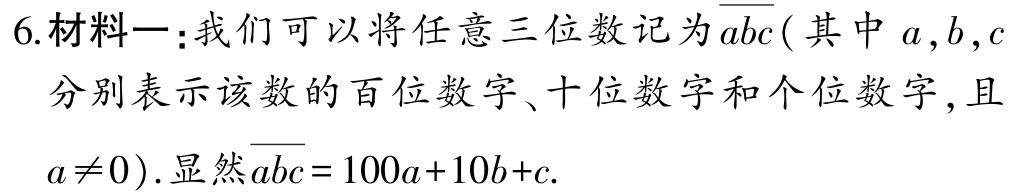
6.材料一：我们可以将任意三位数记为$\overline{abc}$( 其中$a,b,c$分别表示该数的百位数字、十位数字和个位数字,且$a\neq0$).显然$\overline{abc}=100a + 10b + c$.